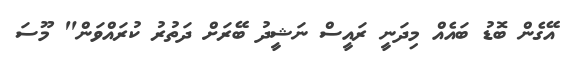
އޭގެން ބޮޑު ބައެއް މިދަނީ ރައީސް ނަޝީދު ބޭރަށް ދަތުރު ކުރައްވަން" މޫސަ